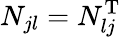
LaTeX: N_{jl}=N_{lj}^{\mathrm{T}}